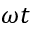
\omega t